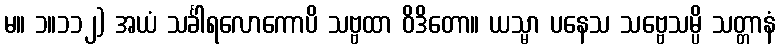
မ။ ၁။၁၁၂) အယံ သင်္ခါရလောကောပိ သဗ္ဗထာ ဝိဒိတော။ ယသ္မာ ပနေသ သဗ္ဗေသမ္ပိ သတ္တာနံ